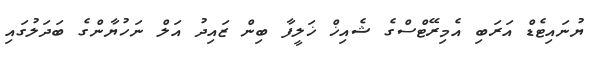
ޔުނައިޓެޑް އަރަބި އެމިރޭޓްސްގެ ޝެއިޚް ޚަލީފާ ބިން ޒައިދު އަލް ނަހުޔާންގެ ބަދަލުގައި